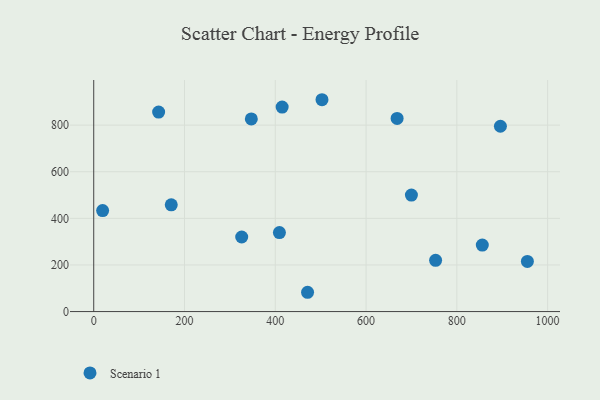
{"axis": {"x": "Speed", "y": "Yield"}, "legend": ["Scenario 1"], "data": [{"x": "668.4", "y": 828.6, "type": "Scenario 1"}, {"x": "955.4", "y": 215.1, "type": "Scenario 1"}, {"x": "347.2", "y": 826.6, "type": "Scenario 1"}, {"x": "502.9", "y": 908.9, "type": "Scenario 1"}, {"x": "409.1", "y": 338.9, "type": "Scenario 1"}, {"x": "471.1", "y": 82.8, "type": "Scenario 1"}, {"x": "326.0", "y": 320.0, "type": "Scenario 1"}, {"x": "19.6", "y": 433.2, "type": "Scenario 1"}, {"x": "896.0", "y": 795.0, "type": "Scenario 1"}, {"x": "143.0", "y": 855.9, "type": "Scenario 1"}, {"x": "753.2", "y": 220.0, "type": "Scenario 1"}, {"x": "856.1", "y": 285.5, "type": "Scenario 1"}, {"x": "699.9", "y": 499.7, "type": "Scenario 1"}, {"x": "170.8", "y": 457.9, "type": "Scenario 1"}, {"x": "415.1", "y": 877.2, "type": "Scenario 1"}]}